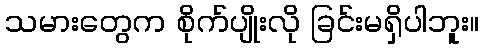
သမားတွေက စိုက်ပျိုးလို ခြင်းမရှိပါဘူး။